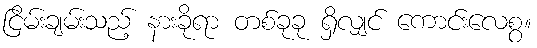
ငြိမ်းချမ်းသည့် နားခိုရာ တစ်ခုခု ရှိလျှင် ကောင်းလေစွ။